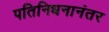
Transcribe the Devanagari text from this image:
पतिनिधनानंतर